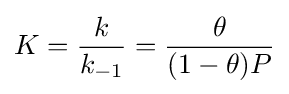
K={\frac {k}{k_{-1}}}={\frac {\theta }{(1-\theta )P}}